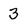
Character: 3